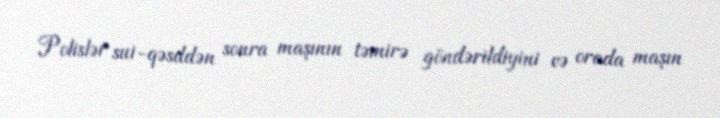
Polislər sui-qəsddən sonra maşının təmirə göndərildiyini və orada maşın